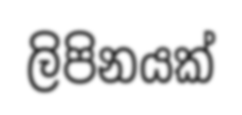
ලිපිනයක්